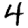
Digit: 4